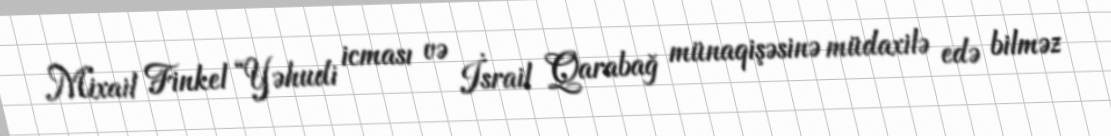
Mixail Finkel “Yəhudi icması və İsrail Qarabağ münaqişəsinə müdaxilə edə bilməz